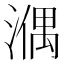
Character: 𣼱